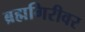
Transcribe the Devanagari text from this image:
ब्रह्मगिरीवर